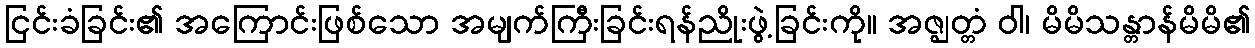
ငြင်းခံခြင်း၏ အကြောင်းဖြစ်သော အမျက်ကြီးခြင်းရန်ညိုးဖွဲ့ခြင်းကို။ အဇ္ဈတ္တံ ဝါ၊ မိမိသန္တာန်မိမိ၏